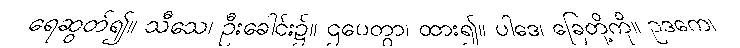
ရေဆွတ်၍။ သီသေ၊ ဦးခေါင်း၌။ ဌပေတွာ၊ ထား၍။ ပါဒေ၊ ခြေတို့ကို။ ဥဒကေ၊